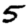
Digit: 5